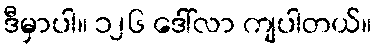
ဒီမှာပါ။ ၁၂၆ ဒေါ်လာ ကျပါတယ်။